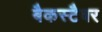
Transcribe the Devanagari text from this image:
बैकस्टैबर